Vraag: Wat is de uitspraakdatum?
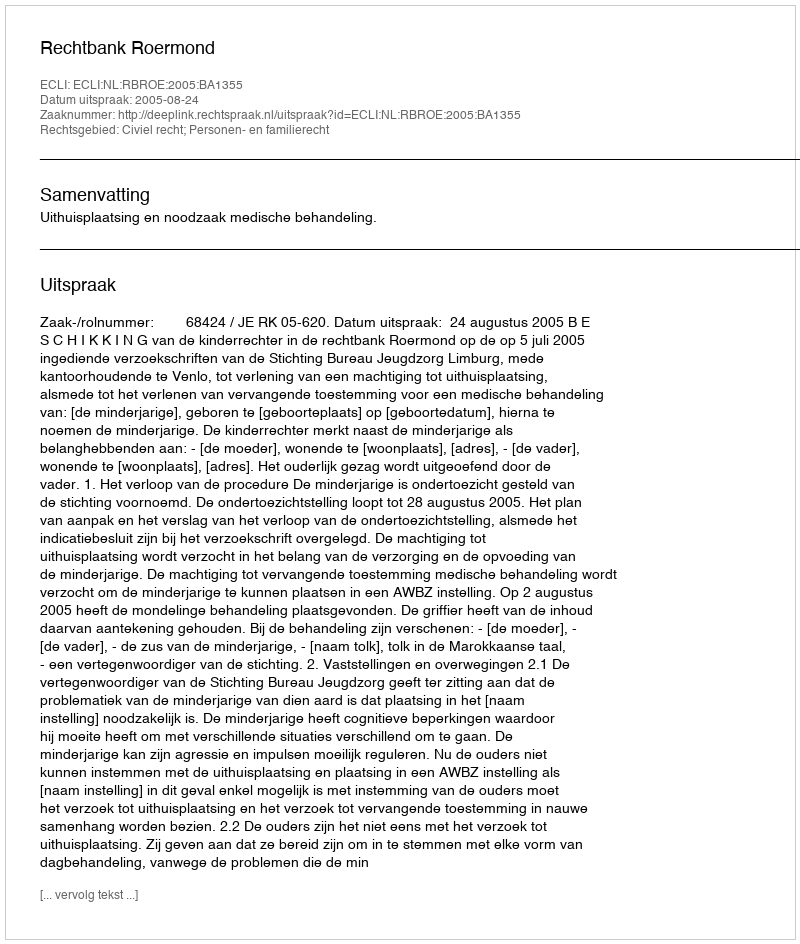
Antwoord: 2005-08-24